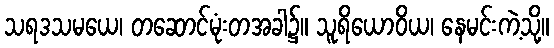
သရဒသမယေ၊ တဆောင်မုံးတအခါ၌။ သူရိယောဝိယ၊ နေမင်းကဲ့သို့။